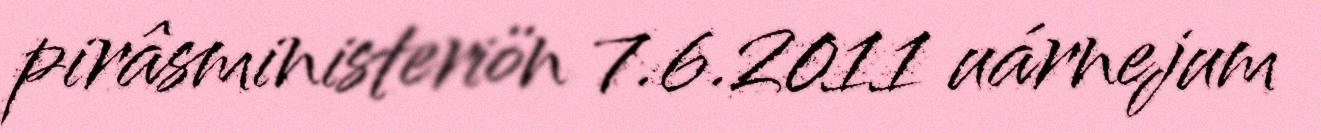
pirâsministeriön 7.6.2011 uárnejum